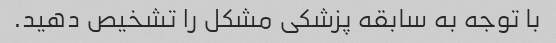
با توجه به سابقه پزشکی مشکل را تشخیص دهید.